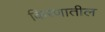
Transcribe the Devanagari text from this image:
किरणातील